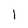
Character: 1